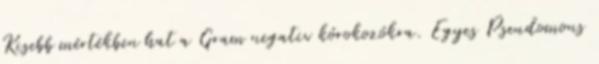
Kisebb mértékben hat a Gram negativ kórokozókra. Egyes Pseudomons